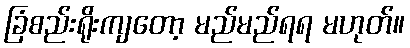
ခြံစည်းရိုးကျတော့ မည်မည်ရရ မဟုတ်။